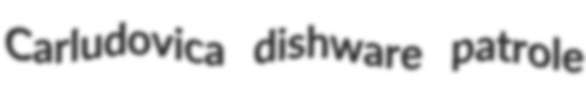
Carludovica dishware patrole